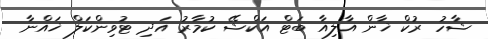
ޝާހު ރުކް ޚާން އާލިއާ ބަޓް އަކްޝޭ ކުމާރު އަދި ޓުވިންކަލް ޚައްނާ